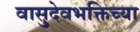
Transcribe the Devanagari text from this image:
वासुदेवभक्तिच्या